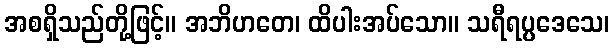
အစရှိသည်တို့ဖြင့်။ အဘိဟတေ၊ ထိပါးအပ်သော။ သရီရပ္ပဒေသေ၊